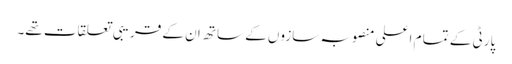
پارٹی کے تما م اعلی منصوبہ سازوں کے ساتھ ان کے قریبی تعلقات تھے۔